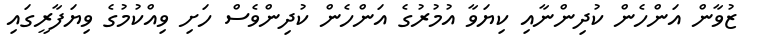
ޒުވާން އަންހެން ކުދިންނާއި ކިޔަވާ އުމުރުގެ އަންހެން ކުދިންވެސް ހަށި ވިއްކުމުގެ ވިޔަފާރީގައި